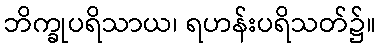
ဘိက္ခုပရိသာယ၊ ရဟန်းပရိသတ်၌။